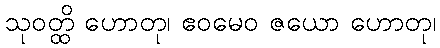
သုဝတ္ထိ ဟောတု၊ ဧဝမေဝ ဇယော ဟောတု၊